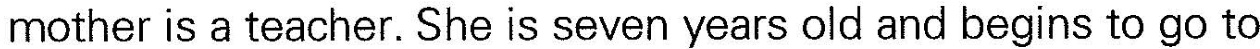
mother is a teacher. She is seven years old and begins to go to